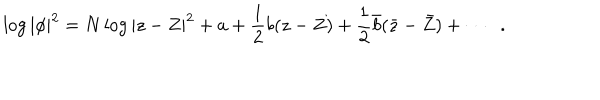
LaTeX: \log | \phi | ^ { 2 } = N \log | z - Z | ^ { 2 } + a + \frac { 1 } { 2 } b ( z - Z ) + \frac { 1 } { 2 } { \bar { b } } ( { \bar { z } } - { \bar { Z } } ) + \cdots \; \; .